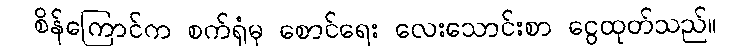
စိန်ကြောင်က စက်ရုံမှ စောင်ရေး လေးသောင်းစာ ငွေထုတ်သည်။